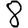
Digit: 8